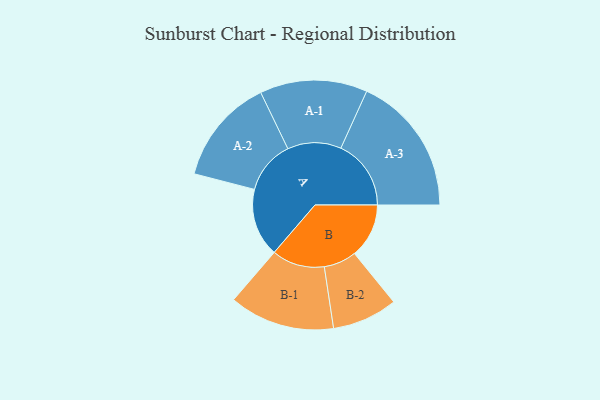
{"axis": {"x": "Segment", "y": "Value"}, "legend": ["", "A", "B"], "data": [{"x": "A", "y": 282, "type": ""}, {"x": "B", "y": 225, "type": ""}, {"x": "A-1", "y": 222, "type": "A"}, {"x": "A-2", "y": 220, "type": "A"}, {"x": "A-3", "y": 290, "type": "A"}, {"x": "B-1", "y": 218, "type": "B"}, {"x": "B-2", "y": 135, "type": "B"}]}